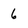
Character: 6